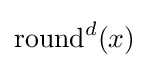
\operatorname {round} ^{d}(x)